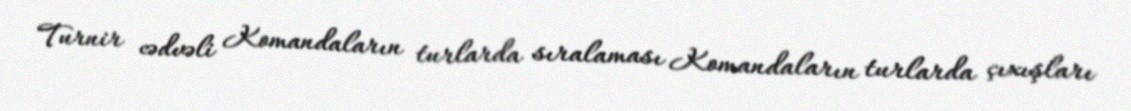
Turnir cədvəli Komandaların turlarda sıralaması Komandaların turlarda çıxışları